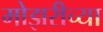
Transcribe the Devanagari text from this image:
मोझरीच्या